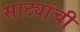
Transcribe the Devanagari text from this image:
साठ्यांची